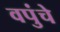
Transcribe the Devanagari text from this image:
वपुंचे